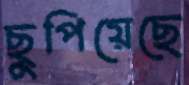
ছুপিয়েছে